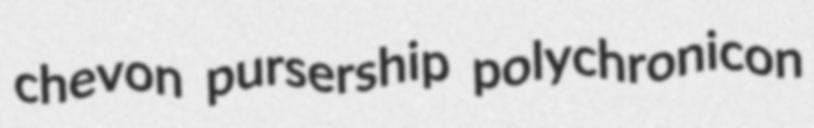
chevon pursership polychronicon